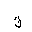
Letter: _ta